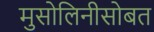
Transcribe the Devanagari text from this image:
मुसोलिनीसोबत